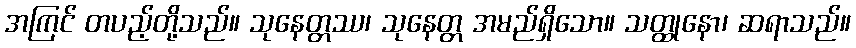
အကြင် တပည့်တို့သည်။ သုနေတ္တဿ၊ သုနေတ္တ အမည်ရှိသော။ သတ္ထုနော၊ ဆရာသည်။